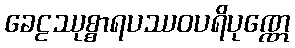
ခေဠဿုစ္စာရပဿဝပရိပုဏ္ဏေ